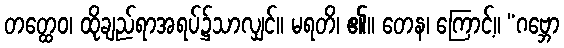
တတ္ထေဝ၊ ထိုချည်ရာအရပ်၌သာလျှင်။ မရတိ၊ ၏။ တေန၊ ကြောင့်။ “ဂဗ္ဘော